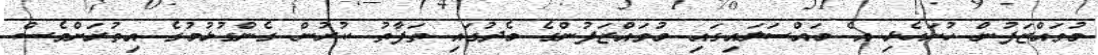
މުވައްޒަފުން ހުށަހެޅި އެ މައްސަލައިގައި މުވައްޒަފުންގެ މެދުގައި ތަފާތު ކުރުން ގެންގުޅުމުގެ އިތުރަށްވެސް